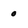
Character: 0